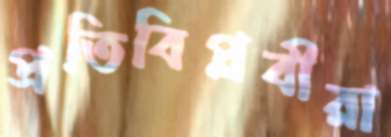
প্রতিবিপ্লবীরা